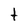
Character: t